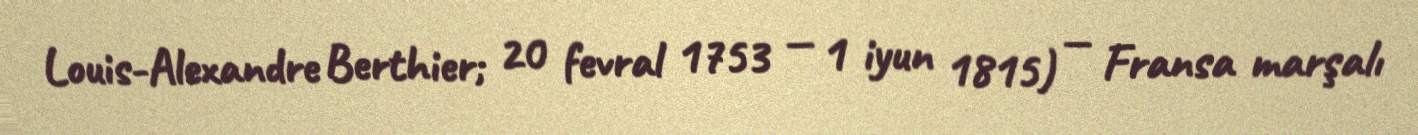
Louis-Alexandre Berthier; 20 fevral 1753 — 1 iyun 1815) — Fransa marşalı